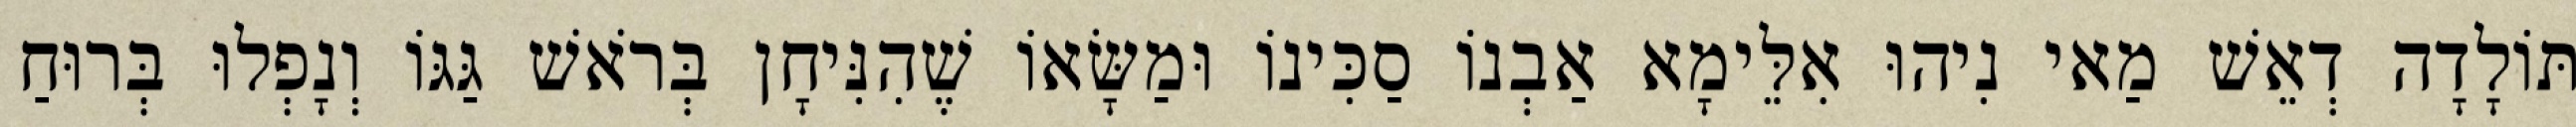
תּוֹלָדָה דְאֵשׁ מַאי נִיהוּ אִלֵּימָא אַבְנוֹ סַכִּינוֹ וּמַשָּׂאוֹ שֶׁהִנִּיחָן בְּרֹאשׁ גַּגּוֹ וְנָפְלוּ בְּרוּחַ